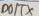
Text: D0/TX